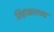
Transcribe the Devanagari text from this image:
सिंहांखालच्या